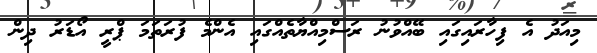
މިއަދު އެ ފިހާރައިގައި ބޭއްވުނު ރަސްމިއްޔާތެއްގައި އެންމެ ފުރަތަމަ ޕްރީ އޯޑަރު ދިން